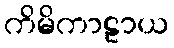
ကိမိကာဠာယ